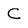
Character: C